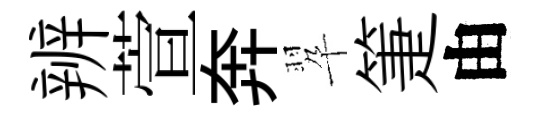
辨萱奔翆箑由